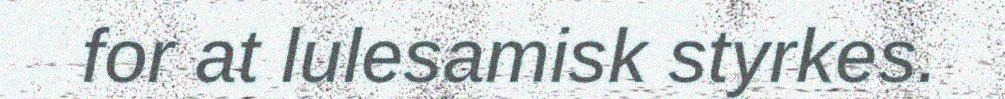
for at lulesamisk styrkes.